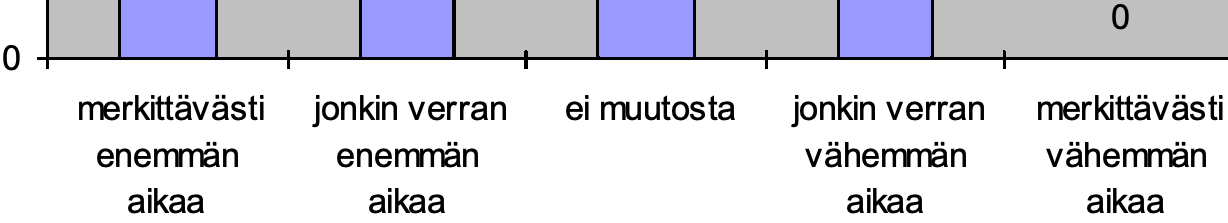
0 0 merkittävästi jonkin verran ei muutosta jonkin verran merkittävästi enemmän enemmän         vähemmän vähemmän aikaa   aikaa           aikaa   aikaa